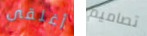
أغلقى تصاميم